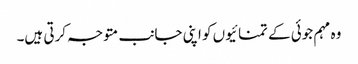
وہ مہم جوئی کے تمنائیوں کو اپنی جانب متوجہ کرتی ہیں۔